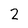
Character: 2